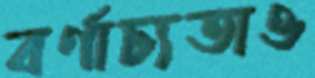
বর্ণাঢ্যতাও